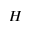
H